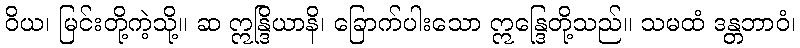
ဝိယ၊ မြင်းတို့ကဲ့သို့။ ဆ ဣန္ဒြိယာနိ၊ ခြောက်ပါးသော ဣန္ဒြေတို့သည်။ သမထံ ဒန္တဘာဝံ၊